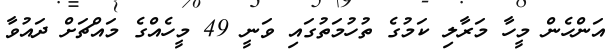
އަންހެން މީހާ މަރާލި ކަމުގެ ތުހުމަތުގައި ވަނީ 49 މީހެެއްގެ މައްޗަށް ދައުވާ